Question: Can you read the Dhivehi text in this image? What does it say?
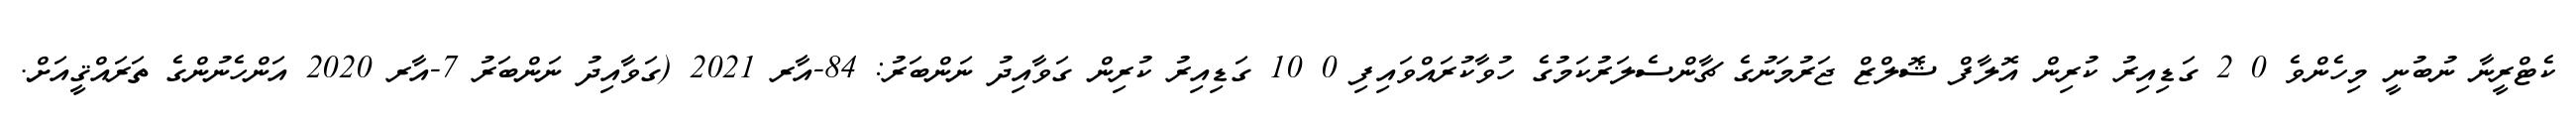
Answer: ކެޓްރީނާ ނުބުނީ މިހެންވެ 0 2 ގަޑިއިރު ކުރިން އޮލާފް ޝޮލްޒް ޖަރުމަނުގެ ޗާންސެލަރުކަމުގެ ހުވާކުރައްވައިފި 0 10 ގަޑިއިރު ކުރިން ގަވާއިދު ނަންބަރު: 84-އާރ 2021 (ގަވާއިދު ނަންބަރު 7-އާރ 2020 އަންހެނުންގެ ތަރައްޤީއަށް.